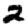
Digit: 2